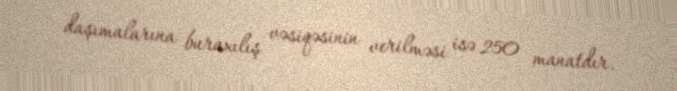
daşımalarına buraxılış vəsiqəsinin verilməsi isə 250 manatdır.